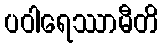
ပဝါရေဿာမီတိ